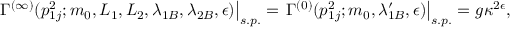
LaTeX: \left. \Gamma ^ { ( \infty ) } ( p _ { 1 j } ^ { 2 } ; m _ { 0 } , L _ { 1 } , L _ { 2 } , \lambda _ { 1 B } , \lambda _ { 2 B } , \epsilon ) \right| _ { s . p . } = \left. \Gamma ^ { ( 0 ) } ( p _ { 1 j } ^ { 2 } ; m _ { 0 } , \lambda _ { 1 B } ^ { \prime } , \epsilon ) \right| _ { s . p . } = g \kappa ^ { 2 \epsilon } ,